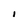
Character: I